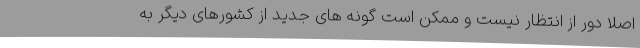
اصلا دور از انتظار نیست و ممکن است گونه های جدید از کشورهای دیگر به